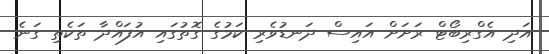
އަދި އެގްރިބޯޓް ރަށަށް އައިސް ދަނޑުވެރި ކަމުގެ ގޮތުގައި އުފައްދާ ތަކެތި ގަނެ